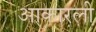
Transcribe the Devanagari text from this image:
आकारली